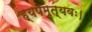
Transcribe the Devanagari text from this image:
ह्यपमृत्यवः।